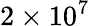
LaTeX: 2\times 10^{7}